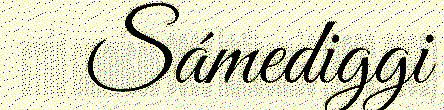
Sámediggi